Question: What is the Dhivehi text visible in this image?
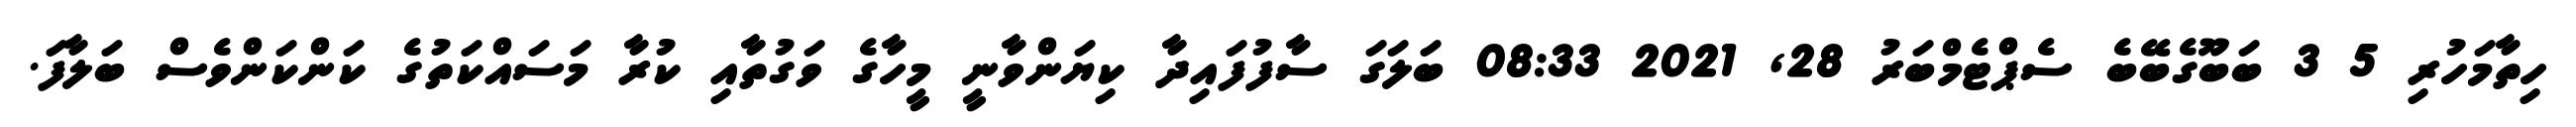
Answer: ހިތާމަހުރި 5 3 ބަބޫގެބޭބެ ސެޕްޓެމްބަރު 28, 2021 08:33 ބަލަގަ ސާފުފައިދާ ކިޔަންވާނީ މީހާގެ ވަގުތާއި ކުރާ މަސައްކަތުގެ ކަންކަންވެސް ބަލާފަ.